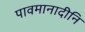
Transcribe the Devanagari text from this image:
पावमानादीनि